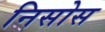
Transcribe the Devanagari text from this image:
निसोस